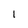
Character: 1